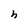
Character: h